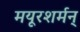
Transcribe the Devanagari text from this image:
मयूरशर्मन्